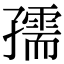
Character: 孺